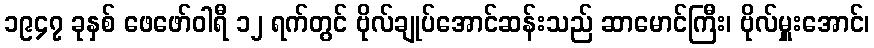
၁၉၄၇ ခုနှစ် ဖေဖော်ဝါရီ ၁၂ ရက်တွင် ဗိုလ်ချုပ်အောင်ဆန်းသည် ဆာမောင်ကြီး၊ ဗိုလ်မှူးအောင်၊